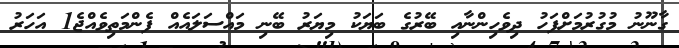
ގާނޫނު މުގުރުމަށްފަހު ދިވެހިންނާއި ބޭރުގެ ބަޔަކު މިޔަރު ބޭނި މައްސަލައެއް ފެންމަތިވެއްޖެ1 އަހަރު